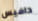
دافيس